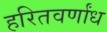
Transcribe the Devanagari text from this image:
हरितवर्णांध